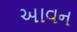
આવન